Bombay plague: being a history of the progress of plague in the Bombay presidency from September 1896 to June 1899
Year: 1896
Disease focus: Plague
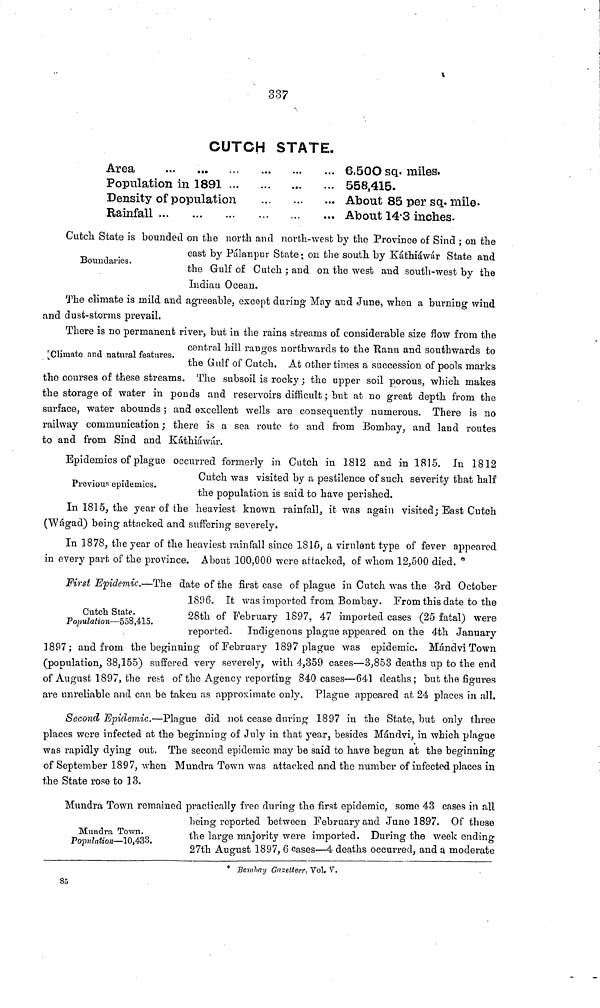
337
CUTCH STATE.
Area
Population in 1891
Density of population
Rainfall
6,500 sq. miles.
558,415.
About 85 per sq. mile.
About 14 3 inches.
Boundaries.
Cutch State is bounded on the north and north-west by the Province of Sind ; on the
east by Pálanpur State; on the south by Káthiáwár State and
the Gulf of Cutch ; and on the west and south-west by the
Indian Ocean.
The climate is mild and agreeable, except during May and June, when a burning wind
and dust-storms prevail.
[Climate and natural features.
There is no permanent river, but in the rains streams of considerable size flow from the
central hill ranges northwards to the Rann and southwards to
the Gulf of Cutch. At other times a succession of pools marks
the courses of these streams. The subsoil is rocky; the upper soil porous, which makes
the storage of water in ponds and reservoirs difficult; but at no great depth from the
surface, water abounds ; and excellent wells are consequently numerous. There is no
railway communication; there is a sea route to and from Bombay, and laud routes
to and from Sind and Káthiáwár.
Previous epidemics.
Epidemics of plague occurred formerly in Cutch in 1812 and in 1815. In 1812
Cutch was visited by a pestilence of such severity that half
the population is said to have perished.
In 1815, the year of the heaviest known rainfall, it was again visited; East Cutch
(Wágad) being attacked and suffering severely.
In 1878, the year of the heaviest rainfall since 1815, a virulent type of fever appeared
in every part of the province. About 100,000 were attacked, of whom 12,500 died. *
Cutch State.
Population—558,415.
First Epidemic.—The date of the first case of plague in Cutch was the 3rd October
1896. It was imported from Bombay. From this date to the
28th of February 1897, 47 imported cases (25 fatal) were
reported. Indigenous plague appeared on the 4th January
1897; and from the beginning of February 1897 plague was epidemic. Mándvi Town
(population, 38,155) suffered very severely, with 4,359 cases—3,853 deaths up to the end
of August 1897, the rest of the Agency reporting 840 cases—641 deaths; but the figures
are unreliable and can be taken as approximate only. Plague appeared at 24 places in all.
Second Epidemic.—Plague did not cease during 1897 in the State, but only three
places were infected at the beginning of July in that year, besides Mándvi, in which plague
was rapidly dying out. The second epidemic may be said to have begun at the beginning
of September 1897, when Mundra Town was attacked and the number of infected places in
the State rose to 13.
Mundra Town.
Population—10,433.
Mundra Town remained practically free during the first epidemic, some 43 cases in all
being reported between February and June 1897. Of these
the large majority were imported. During the week ending
27th August 1897, 6 cases—4 deaths occurred, and a moderate
* Bombay Gazetteer. Vol. V.
85